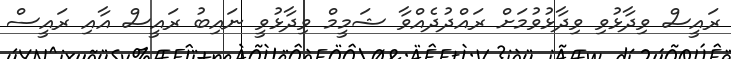
ރައީސް ވިދާޅުވި ވިދާޅުވުމަށް ރައްދުދެއްވާ ޝަމީމް ވިދާޅުވީ ނައިބު ރައީސް އާއި ރައީސް